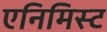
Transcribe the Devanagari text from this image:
एनिमिस्ट